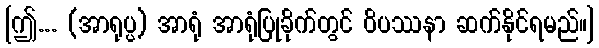
[ဤ... (အာရုပ္ပ) အာရုံ အာရုံပြုခိုက်တွင် ဝိပဿနာ ဆက်နိုင်ရမည်။]